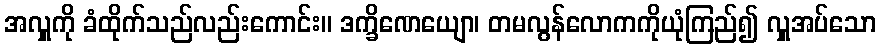
အလှူကို ခံထိုက်သည်လည်းကောင်း။ ဒက္ခိဏေယျော၊ တမလွန်လောကကိုယုံကြည်၍ လှူအပ်သော